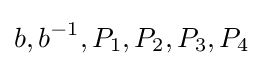
b,b^{-1},P_{1},P_{2},P_{3},P_{4}